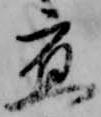
応